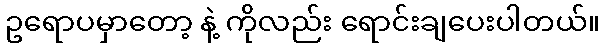
ဥရောပမှာတော့ နဲ့ ကိုလည်း ရောင်းချပေးပါတယ်။